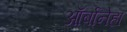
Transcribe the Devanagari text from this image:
ऑर्बानेहा